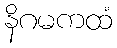
နိဂမကထံ